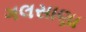
ગલસાણા